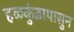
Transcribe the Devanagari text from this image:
हळकुंडापासुन